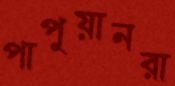
পাপুয়ানরা